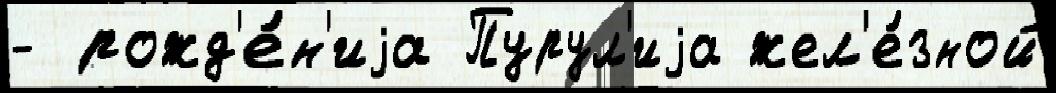
- рожд'е́н'иjа Пурул'иjа жел'е́зной